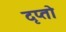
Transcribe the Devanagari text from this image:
दृप्तो